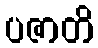
ပဇာတိ